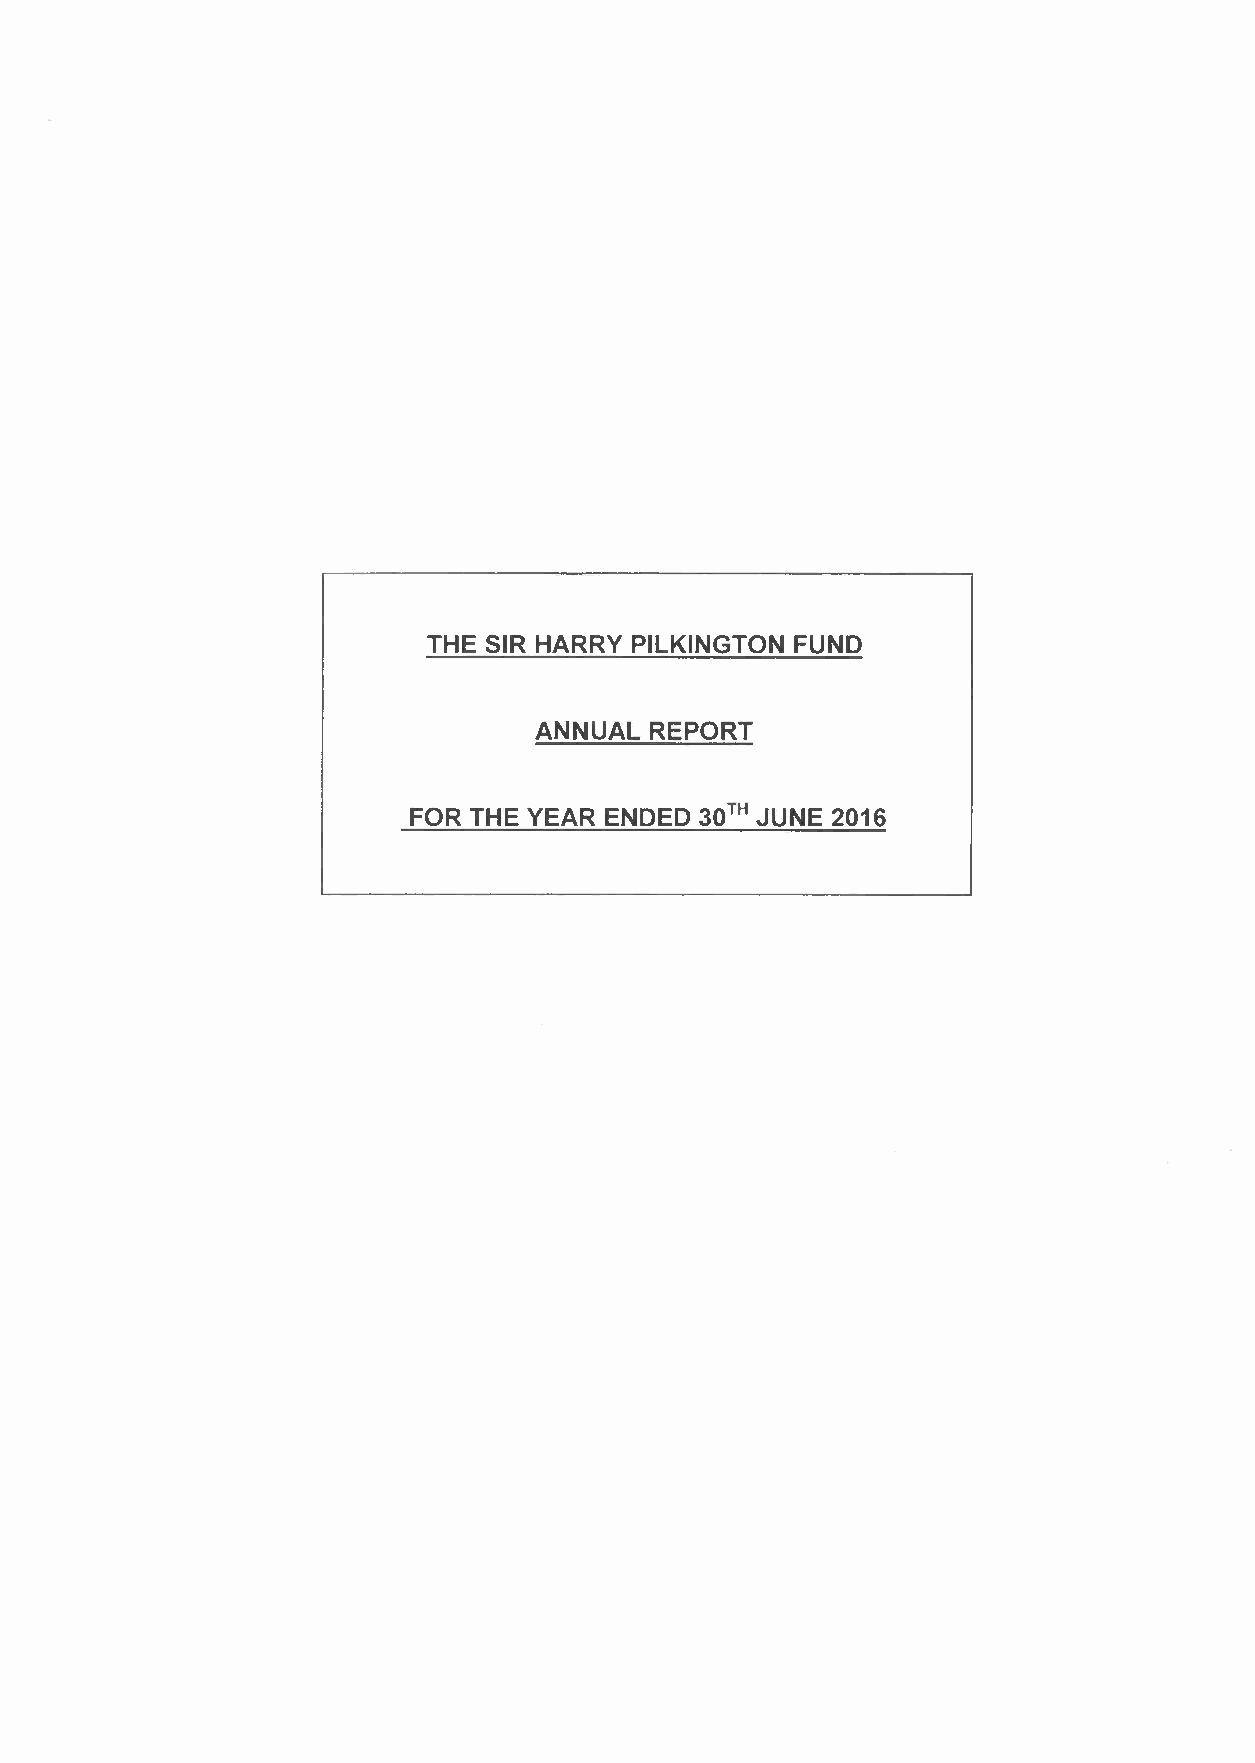
THE SIR HARRY PILKINGTON FUND
 ANNUAL  REPORT
 FOR THE YEAR ENDED 30TH JUNE 2016